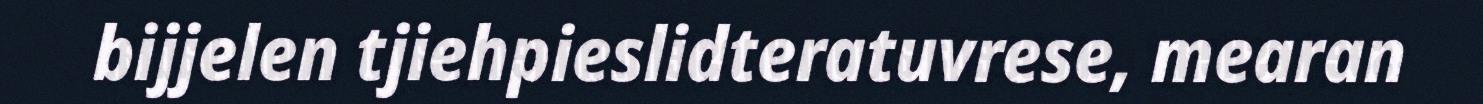
bijjelen tjiehpieslidteratuvrese, mearan